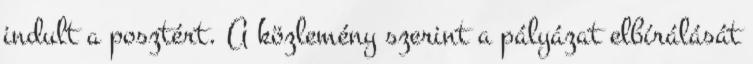
indult a posztért. A közlemény szerint a pályázat elbírálását